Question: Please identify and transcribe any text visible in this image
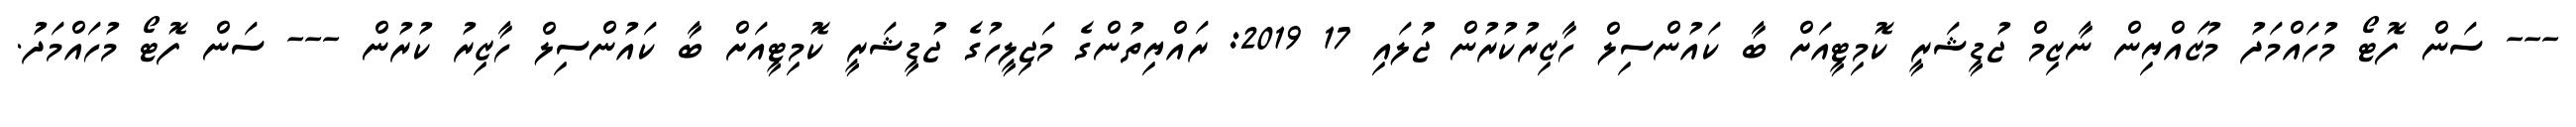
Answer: --- ސަން ފޮޓޯ މުހައްމަދު މުޒައްޔިން ނާޒިމް ޖުޑީޝަރީ ކޮމިޓީއަށް ބާ ކައުންސިލް ހާޒިރުކުރުން ޖުަލައި 17 2019: ރައްޔިތުންގެ މަޖިލީހުގެ ޖުޑީޝަރީ ކޮމިޓީއަށް ބާ ކައުންސިލް ހާޒިރު ކުރުން --- ސަން ފޮޓޯ މުހައްމަދު.